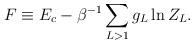
LaTeX: \begin{align*}F\equiv E_c-\beta^{-1}\sum_{L>1}g_L\ln Z_L.\end{align*}